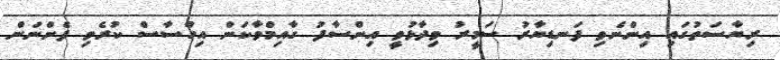
ރިޔާސަތުގައި އިންނެވި ފަނޑިޔާރު ސަމީރު ވިދާޅުވީ އިންސާފު ގާއިމްވާކަން އިހްސާސް ކުރެވި ފެންނަން